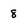
Character: 8